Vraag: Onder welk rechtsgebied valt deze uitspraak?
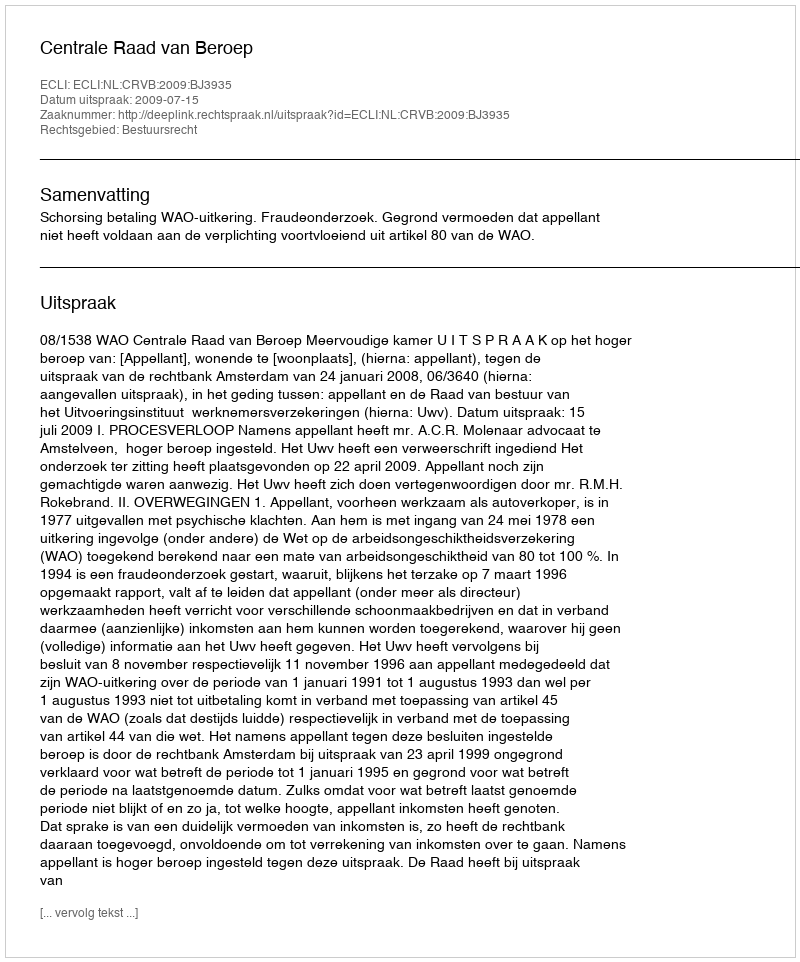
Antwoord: Bestuursrecht